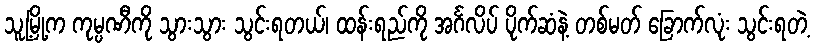
သူ့မြို့က ကုမ္ပဏီကို သွားသွား သွင်းရတယ်၊ ထန်းရည်ကို အင်္ဂလိပ် ပိုက်ဆံနဲ့ တစ်မတ် ခြောက်လုံး သွင်းရတဲ့